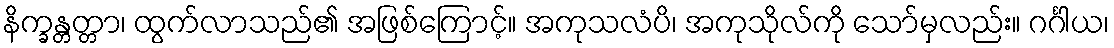
နိက္ခန္တတ္တာ၊ ထွက်လာသည်၏ အဖြစ်ကြောင့်။ အကုသလံပိ၊ အကုသိုလ်ကို သော်မှလည်း။ ဂင်္ဂါယ၊